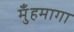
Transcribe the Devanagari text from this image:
मुँहमागा